Lunatic asylums in Bengal annual reports 1899-1911 - 1899-1911
Year: 1899
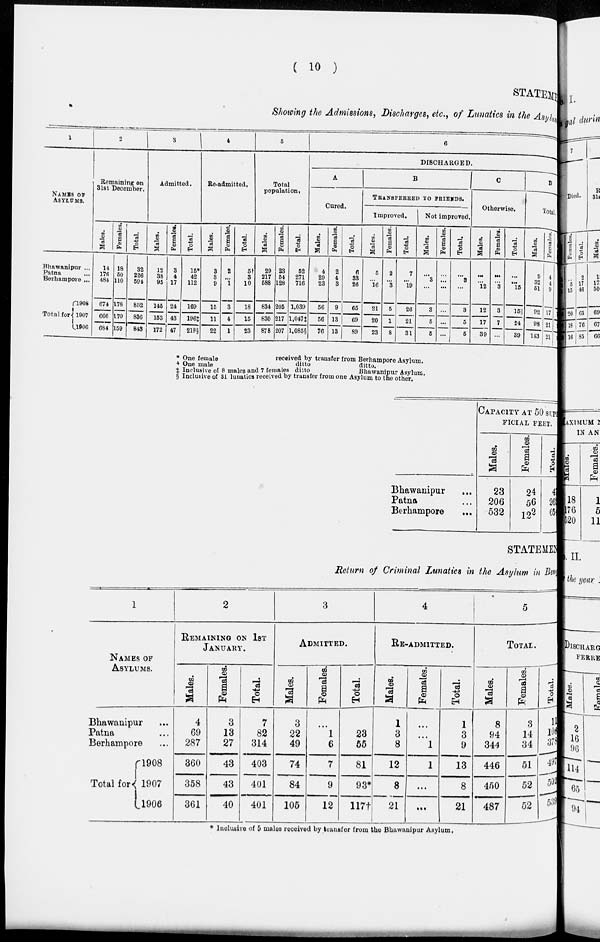
( 10 )
STATEME
Showing the Admissions, Discharges, etc., of Lunatics in the Asylum
1
NAMES O F
ASYLUMS.
Bhawanipur ...
Patna ...
Berhampore ...
Total for
1908
1907
1906
2
Remaining on
31st December.
Males.
14
176
484
674
666
684
Females.
18
50
110
178
170
159
Total.
32
226
594
852
836
843
3
Admitted.
Males.
12
38
95
145
153
172
Females.
3
4
17
24
43
47
Total.
15*
42
112
169
196‡
219§
4
Re-admitted.
Males.
3
3
9
15
11
22
Females.
2
...
1
3
4
1
Total.
5†
3
10
18
15
23
5
Total
population.
Males.
29
217
588
834
830
878
Females.
23
54
128
205
217
207
Total.
52
271
716
1,039
1,047‡
1,085§
6
DISCHARGED.
A
Cured.
Males.
4
29
23
56
56
76
Females.
2
4
3
9
13
13
Total.
6
33
26
65
69
89
B
TRANSFERRED TO FRIENDS.
Improved.
Males.
5
...
16
21
20
23
Females.
2
...
3
5
1
8
Total.
7
...
19
26
21
31
Not improved.
Males.
...
3
...
3
5
5
Females.
...
...
...
...
...
...
Total.
...
3
...
3
5
5
C
Otherwise.
Males.
...
...
12
12
17
39
Females.
...
...
3
3
7
...
Total.
...
...
15
15||
24
39
D
Total.
Males.
9
32
51
92
98
143
Females.
4
4
9
l7
21
21
* One female
received by transfer from Berhampore Asylum.
† One male
ditto
ditto.
† Inclusive of 8 males and 7 females ditto
Bhawanipur Asylum.
§ Inclusive of 31 lunatics received by transfer from one Asylum to the other.
Bhawanipur ...
Patna ...
Berhampore ...
CAPACITY AT 50 SUPER
FICIAL FEET.
Males.
23
206
532
Females.
24
56
122
Total.
47
262
654
STATEMEN
Return of Criminal Lunatics in the Asylum in Ben
1
NAMES OF
ASYLUMS.
Bhawanipur ...
Patna ...
Berhampore ...
Total for
1908
1907
1906
2
REMAINING ON 1ST
JANUARY.
Males.
4
69
287
360
358
361
Females.
3
13
27
43
43
40
Total.
7
82
314
403
401
401
3
ADMITTED.
Males.
3
22
49
74
84
105
Females.
...
1
6
7
9
12
Total.
...
23
55
81
93*
117†
4
RE-ADMITTED.
Males.
1
3
8
12
8
21
Females.
...
...
1
1
...
...
Total.
1
3
9
13
8
21
5
TOTAL.
Males.
8
94
344
446
450
487
Females.
3
14
34
51
52
52
Total.
11
108
378
497
502
539
* Inclusive of 5 males received by transfer from the Bhawanipur Asylum.